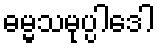
ဓမ္မသမုပ္ပါဒေါ